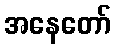
အနေတော်